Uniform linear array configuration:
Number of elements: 12
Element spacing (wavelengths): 0.5
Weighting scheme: uniform
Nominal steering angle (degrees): -60
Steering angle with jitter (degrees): -58.29
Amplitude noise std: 0.05
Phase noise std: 0.05

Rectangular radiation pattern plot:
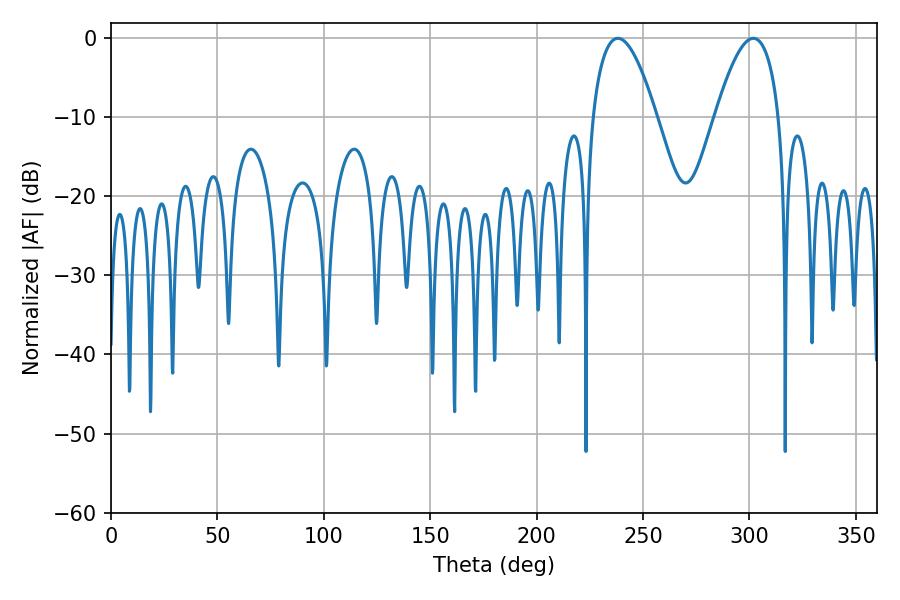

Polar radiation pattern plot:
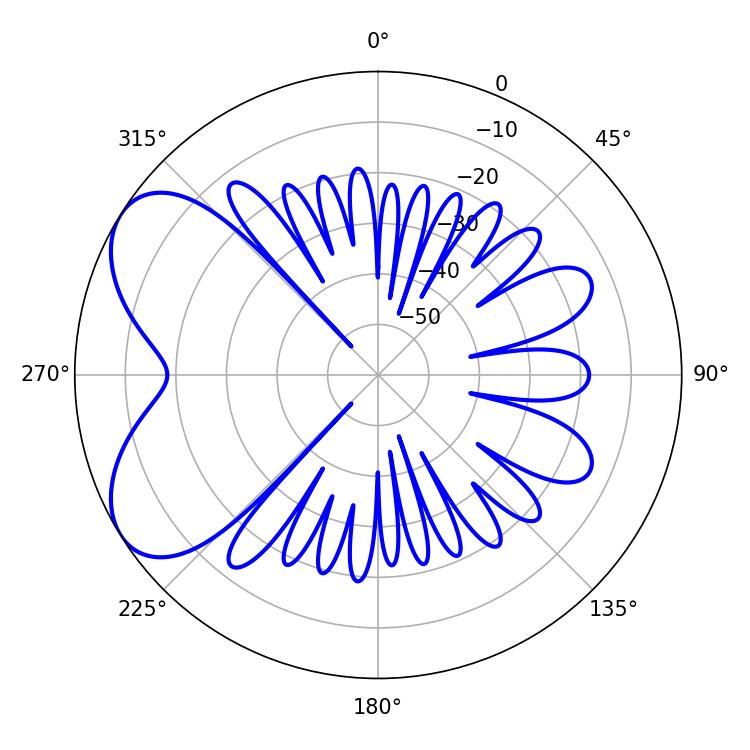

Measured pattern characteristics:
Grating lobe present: FALSE
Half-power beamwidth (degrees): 16.56
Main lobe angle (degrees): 238.14